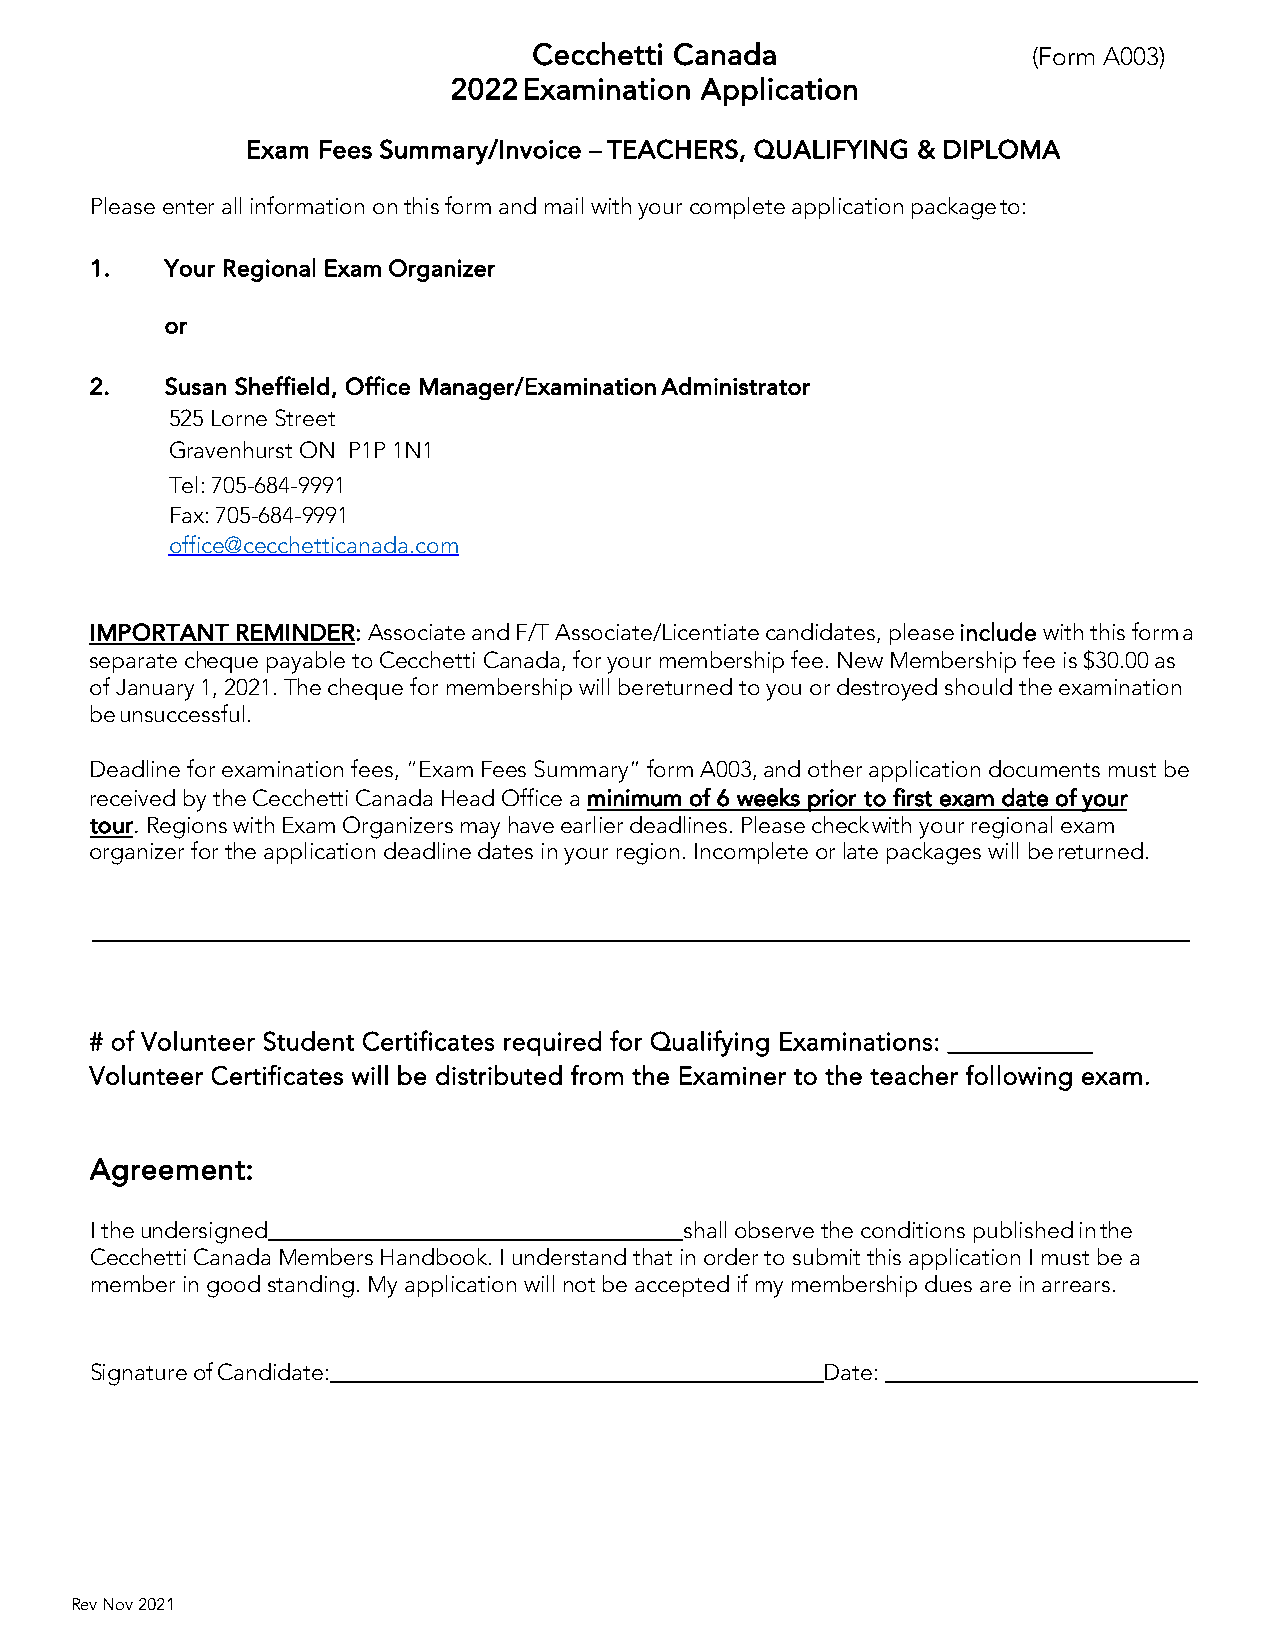
Cecchetti Canada                 (Form A003)
 2022 Examination Application
 Exam Fees Summary/Invoice – TEACHERS, QUALIFYING & DIPLOMA
 Please enter all information on this form and mail with your complete application package to:
 1.   Your Regional Exam Organizer
 or
 2.   Susan Sheffield, Office Manager/Examination Administrator
 525 Lorne Street
 Gravenhurst ON P1P 1N1
 Tel: 705-684-9991
 Fax: 705-684-9991
 office@cecchetticanada.com
 IMPORTANT REMINDER: Associate and F/T Associate/Licentiate candidates, please include with this form a
 separate cheque payable to Cecchetti Canada, for your membership fee. New Membership fee is $30.00 as
 of January 1, 2021. The cheque for membership will be returned to you or destroyed should the examination
 be unsuccessful.
 Deadline for examination fees, “Exam Fees Summary” form A003, and other application documents must be
 received by the Cecchetti Canada Head Office a minimum of 6 weeks prior to first exam date of your
 tour. Regions with Exam Organizers may have earlier deadlines. Please check with your regional exam
 organizer for the application deadline dates in your region. Incomplete or late packages will be returned.
 # of Volunteer Student Certificates required for Qualifying Examinations: ___________
 Volunteer Certificates will be distributed from the Examiner to the teacher following exam.
 Agreement:
 I the undersigned                      shall observe the conditions published in the
 Cecchetti Canada Members Handbook. I understand that in order to submit this application I must be a
 member in good standing. My application will not be accepted if my membership dues are in arrears.
 Signature of Candidate:                          Date:
 Rev Nov 2021